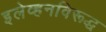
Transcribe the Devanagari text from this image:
इलेव्हनविरूद्ध